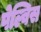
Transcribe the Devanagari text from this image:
पेल्विस